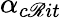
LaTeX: \alpha_{c\mathscr{R}it}